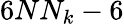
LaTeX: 6NN_{k}-6